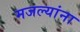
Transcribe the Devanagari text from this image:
मजल्यांना